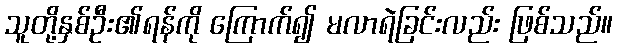
သူတို့နှစ်ဦး၏ရန်ကို ကြောက်၍ မလာရဲခြင်းလည်း ဖြစ်သည်။